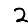
Digit: 2